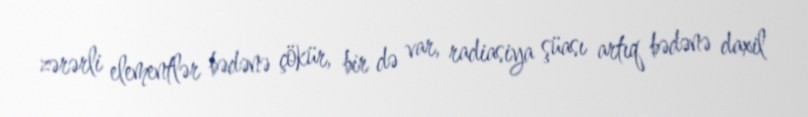
zərərli elementlər bədənə çökür, bir də var, radiasiya şüası artıq bədənə daxil